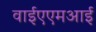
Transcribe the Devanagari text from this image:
वाईएएमआई